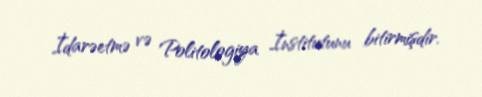
İdarəetmə və Politologiya İnstitutunu bitirmişdir.